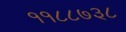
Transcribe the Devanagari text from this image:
११८८७३८